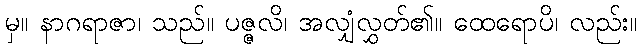
မှ။ နာဂရာဇာ၊ သည်။ ပဇ္ဇလိ၊ အလျှံလွှတ်၏။ ထေရောပိ၊ လည်း။